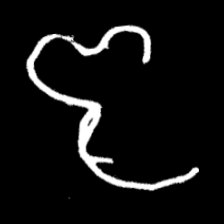
Pyu character \u2014 Myanmar letter: ဇ (romanized: ja)